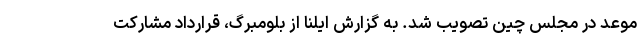
موعد در مجلس چین تصویب شد. به گزارش ایلنا از بلومبرگ، قرارداد مشارکت